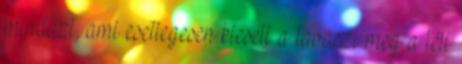
mindazt, ami esetlegesen kiesett a tavaszi meg a téli